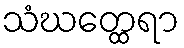
သံဃတ္ထေရာ